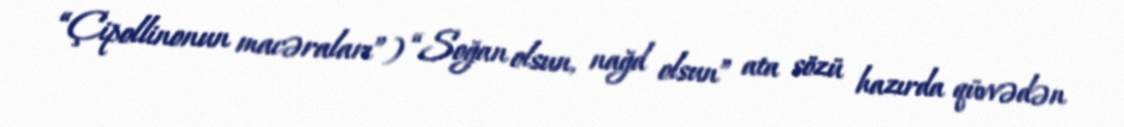
“Çipollinonun macəraları”) “Soğan olsun, nağd olsun” ata sözü hazırda qüvvədən